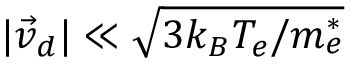
\vert \vec { v } _ { d } \vert \ll \sqrt { 3 k _ { B } T _ { e } / m _ { e } ^ { * } }